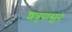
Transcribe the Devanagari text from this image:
शत्रुपासून